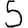
Digit: 5